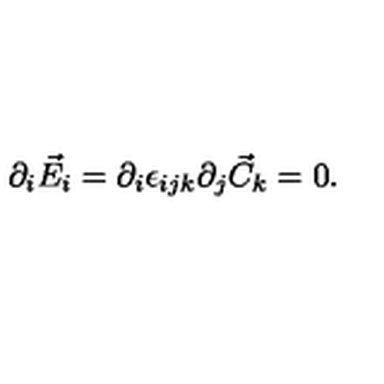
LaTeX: \partial _ { i } \vec { E } _ { i } = \partial _ { i } \epsilon _ { i j k } \partial _ { j } \vec { C } _ { k } = 0 .